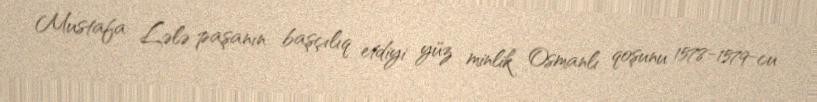
Mustafa Lələ paşanın başçılıq etdiyi yüz minlik Osmanlı qoşunu 1578-1579-cu